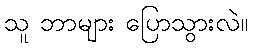
သူ ဘာများ ပြောသွားလဲ။